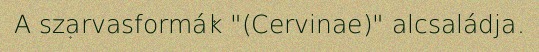
A szarvasformák "(Cervinae)" alcsaládja.